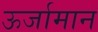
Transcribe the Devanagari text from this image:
ऊर्जामान